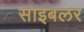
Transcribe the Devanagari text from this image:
साइबलर